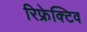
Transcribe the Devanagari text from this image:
रिफ्रेक्टिव